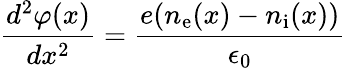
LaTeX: {\frac{d^{2}\varphi(x)}{dx^{2}}}={\frac{e(n_{\mathrm{e}}(x)-n_{\mathrm{i}}(x))}{\epsilon_{0}}}